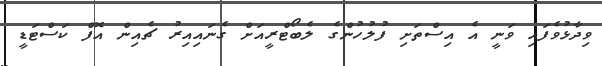
ވިދާޅުވެފައި ވަނީ އެ އިސްތަށި ފުލުހުންގެ ލެބޯޓްރީއަށް ގެނައިއިރު ޗެއިން އޮފް ކަސްޓަޑީ